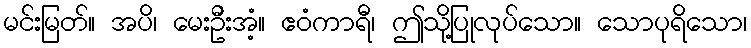
မင်းမြတ်။ အပိ၊ မေးဦးအံ့။ ဧဝံကာရီ၊ ဤသို့ပြုလုပ်သော။ သောပုရိသော၊